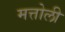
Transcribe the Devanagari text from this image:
मत्तोली